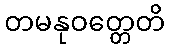
တမနုဝတ္တေတိ